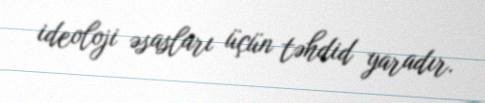
ideoloji əsasları üçün təhdid yaradır.